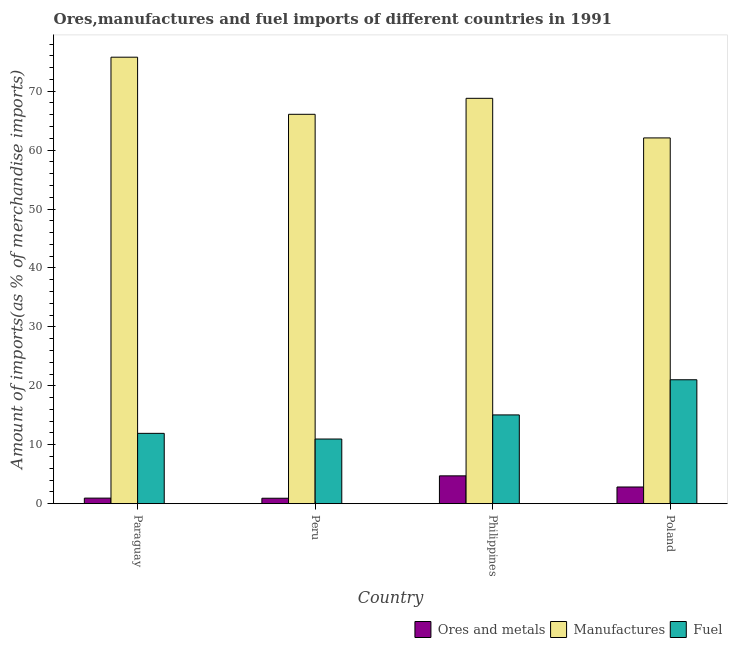
| Country | Ores and metals | Manufactures | Fuel |
 | --- | --- | --- | --- |
 | Paraguay | 0.94 | 75.8 | 11.9 |
 | Peru | 0.918 | 66.1 | 11 |
 | Philippines | 4.72 | 68.8 | 15.1 |
 | Poland | 2.83 | 62.1 | 21 |